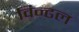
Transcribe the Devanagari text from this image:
विन्ढल